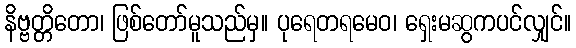
နိဗ္ဗတ္တိတော၊ ဖြစ်တော်မူသည်မှ။ ပုရေတရမေဝ၊ ရှေးမဆွကပင်လျှင်။